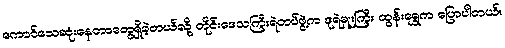
ကောင်သေဆုံးနေတာတွေရှိခဲ့တယ်လို့ တိုင်းဒေသကြီးရဲတပ်ဖွဲ့က ဒုရဲမှူးကြီး ထွန်းရွှေက ပြောပါတယ်။